Medical and sanitary report of the native army of Bengal for the year
Year: 1874
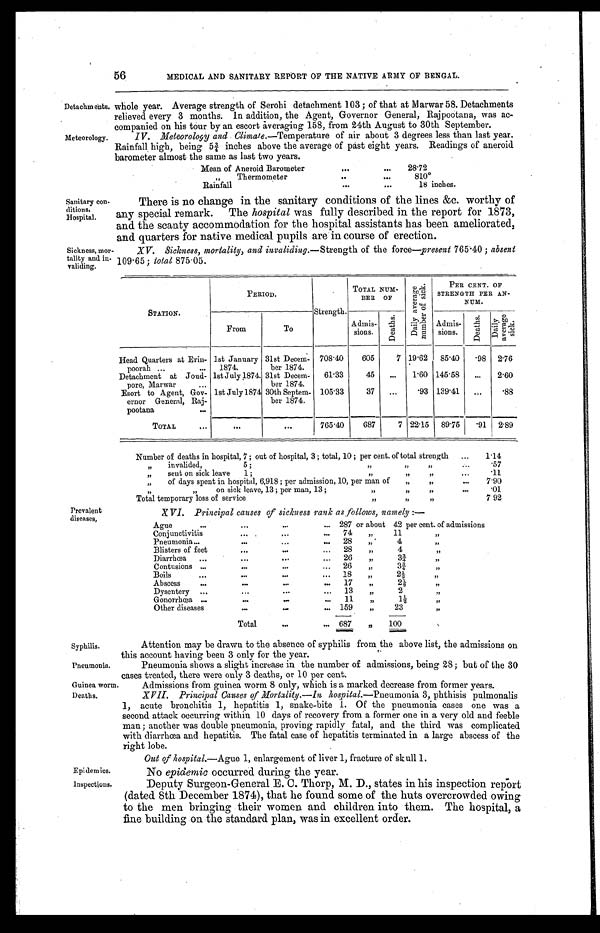
Syphilis.
Pneumonia.
Guinea worm.
Deaths.
56
MEDICAL AND SANITARY REPORT OF THE NATIVE ARMY OF BENGAL.
Detachments.
Meteorology.
whole year. Average strength of Serohi detachment 103; of that at Marwar 58. Detachments
relieved every 3 months. In addition, the Agent, Governor General, Rajpootana, was ac
-companied on his tour by an escort averaging 158, from 24th August to 30th September.
IV. Meteorology and Climate.—Temperature of air about 3 degrees less than last year.
Rainfall high, being 5¾ inches above the average of past eight years. Readings of aneroid
barometer almost the same as last two years.
Mean of Aneroid Barometer . . .
28.72
"
Thermometer
. . .
810°R
ainfall . . .
18 inches.
Sanitary con
-ditions,
Hospital.
Sickness, mor
-tality and in-
-validing.
There is no change in the sanitary conditions of the lines &c. worthy of
any special remark. The hospital was fully described in the report for 1873,
and the scanty accommodation for the hospital assistants has been ameliorated;
and quarters for native medical pupils are in course of erection.
XV. Sickness, mortality, and invaliding.— Strength of the force—present 765.40; absent
109.65; total 875.05.
Prevalent
diseases,
STATION.
PERIOD.
Strength.
TOTAL NUM-
BER OF
D a i l y a v e r a g e n u m b e r o f s i c k .
P E R C E N T O F
STRENGTH PER AN-
NUM .
From
To
Admis-
sions.
D e a t h s .
Admis-
sions.
D e a t h s .
D a i l y a v e r a g e s i c k .
Head Quarters at Erin-
poorah
. . .
1st January
1874.
31st Decem-
ber 1874.
708.40
605
7 19.62
85.40
. 9 8 2.76
Detachment at Joud-
pore, Marwar
. . .
1st July 1874. 31st Decem-
ber 1874.
61.33
45
. . .
1.60 145.58
. . . 2.60
Esort to Agent, Gov-
ernor General, Raj-
pootana . . .
1st July 1874 30th Septem-
ber 1874.
105.33
37
. . .
.93 139.41
. . .
. 8 8
TOTAL
. . .
. . .
. . .
765.40
687
7 22.15
89.75
. 9 1 2.89
Number of deaths in hospital, 7; out of hospital, 3; total, 10; per cent of total strength . . .
1.14
" i n v a l i d e d , 5
; " . . .
.57
" s e n t o n s i c k l e a v e 1 ; " . . .
.
1 1
"
of days spent in hospital, 6,918; per admission, 10, per man of " . . .
7.90
"
on sick leave, 13; per man, 13; " . . .
.01
Total temporary loss of service
"
7.92
XVI. Principal causes of sickness rank as follows, namely:—
Ague . . . 287 or about 42 per cent of admissions
Conjunctivitis . . .
74 "
11 "
Pneumonia . . .
28
"
4
"
Blisters of feet . . .
2 8 "
4 "
Diarrhœa . . .
26 "
3 ¾ "
Contusions
. . .
26
"
3¾
"
Boils
.
.
.
18
"
2 ½ "
Abscess . . . 1 7 "
2 ½ "
Dysentery . . .
13
"
2 ½ "
Gonorrhœa
. . . 11
"
1½
"
Other diseases . . . 159
"
23
"
Total
. . . 687
100
Attention may be drawn to the absence of syphilis from the above list, the admissions on
this account having been 3 only for the year.
Pneumonia shows a slight increase in the number of admissions, being 28 ; but of the 30
cases treated, there were only 3 deaths, or 10 per cent.
Admissions from guinea worm 8 only, which is a marked decrease from former years.
XVII. Principal Causes of Mortality.—In h ospital.—Pneumonia 3, phthisis pulmonalis
1, acute bronchitis 1, hepatitis 1, snake-bite I. Of the pneumonia cases one was a
second attack occurring within 10 days of recovery from a former one in a very old and feeble
man; another was double pneumonia, proving rapidly fatal, and the third was complicated
with diarrhœa and hepatitis. The fatal case of hepatitis terminated in a large abscess of the
right lobe.
Out of hospital.—Ague 1, enlargement of liver 1, fracture of skull 1.
Epidemics.
No epidemic occurred during the year.
Inspections.
Deputy surgeon-General E. C. Thorp, M. D., states in his inspection report
(dated 8th December 1874), that he found some of the huts overcrowded owing
to the men bringing their women and children into them. The hospital, a
fine building on the standard plan, was in excellent order.